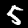
Digit: 5